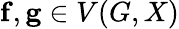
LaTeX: \mathbf{f},\mathbf{g}\in V(G,X)